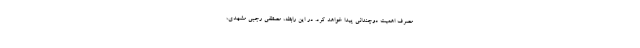
مصرف اهمیت دوچندانی پیدا خواهد کرد. در این رابطه، مصطفی رجبی مشهدی،